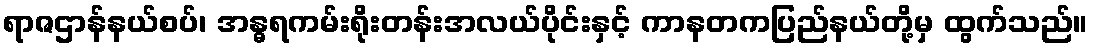
ရာဇဌာန်နယ်စပ်၊ အန္ဓရကမ်းရိုးတန်းအလယ်ပိုင်းနှင့် ကာနတကပြည်နယ်တို့မှ ထွက်သည်။